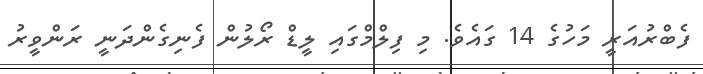
ފެބްރުއަރީ މަހުގެ 14 ގައެވެ. މި ފިލްމްގައި ލީޑް ރޯލުން ފެނިގެންދަނީ ރަންވީރު